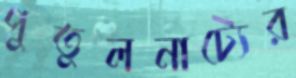
পুতুলনাট্যের